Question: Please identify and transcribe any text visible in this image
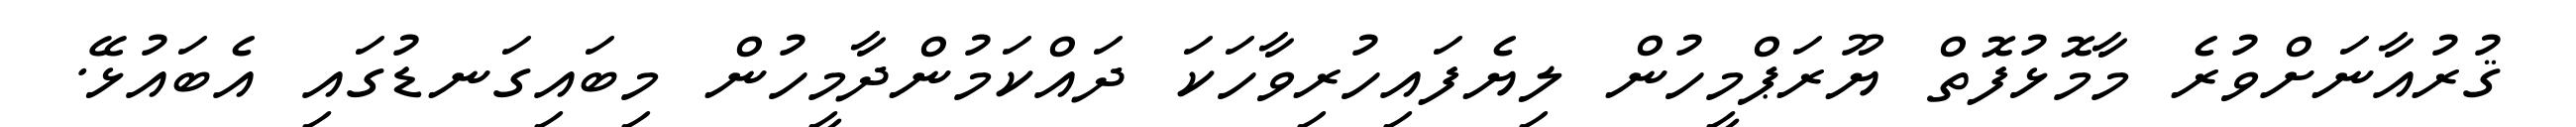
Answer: ޤުރުއާނަށްވުރެ މާމޮޅުފޮތް ޔޫރަޕްމީހުން ލިޔެފައިހުރިވާހަކަ ދައްކަމުންދާމީހުން މިބައިގަނޑުގައި އެބައުޅޭ.